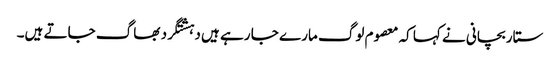
ستار بچانی نے کہا کہ معصوم لوگ مارے جا رہے ہیں دہشتگرد بھاگ جاتے ہیں۔